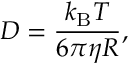
D = \frac { k _ { \mathrm { B } } T } { 6 \pi \eta R } ,